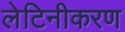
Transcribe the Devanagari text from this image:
लेटिनीकरण